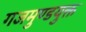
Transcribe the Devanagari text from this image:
गजमुण्डयुक्त